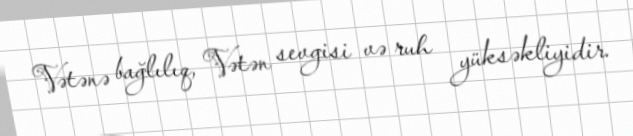
Vətənə bağlılıq, Vətən sevgisi və ruh yüksəkliyidir.